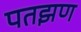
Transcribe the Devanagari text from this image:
पतझण